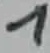
Text: 7